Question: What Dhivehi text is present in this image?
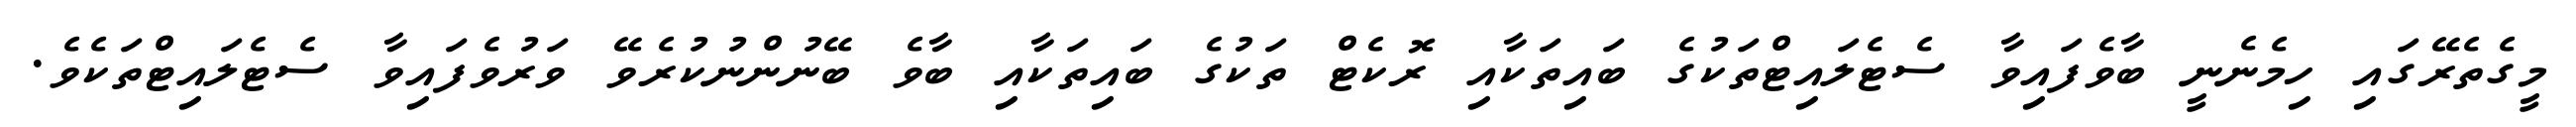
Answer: މީގެތެރޭގައި ހިމެނެނީ ބާވެފައިވާ ސެޓެލައިޓްތަކުގެ ބައިތަކާއި ރޮކެޓް ތަކުގެ ބައިތަކާއި ބާވެ ބޭނުންނުކުރެވޭ ވަރުވެފައިވާ ސެޓެލައިޓްތަކެވެ.